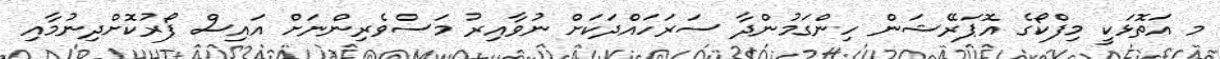
މ އަތޮޅަކީ މިފްކޯގެ އޮޕަރޭޝަން ހިންގަމުންދާ ސަރަހައްދަކަށް ނުވާއިރު މަސްވެރިންނަށް އައިސް ފޯރުކޮށްދިނުމާއި